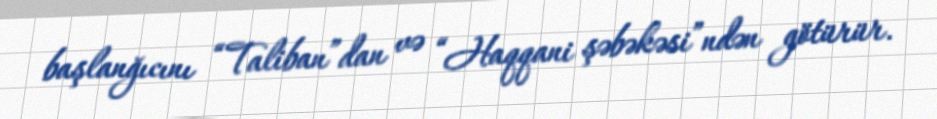
başlanğıcını “Taliban”dan və “Haqqani şəbəkəsi”ndən götürür.